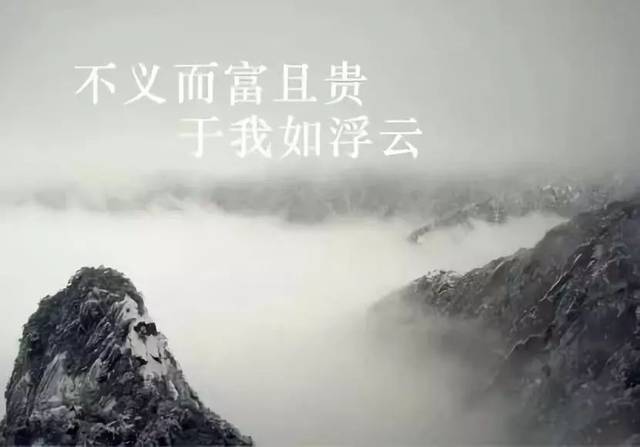
不义而富且贵，于我如浮云。